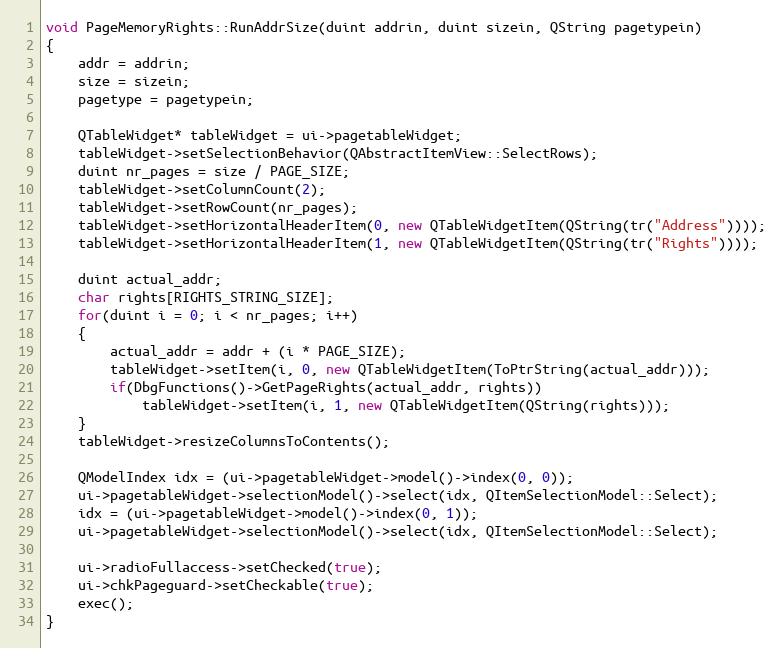
Language: C++
void PageMemoryRights::RunAddrSize(duint addrin, duint sizein, QString pagetypein)
{
    addr = addrin;
    size = sizein;
    pagetype = pagetypein;

    QTableWidget* tableWidget = ui->pagetableWidget;
    tableWidget->setSelectionBehavior(QAbstractItemView::SelectRows);
    duint nr_pages = size / PAGE_SIZE;
    tableWidget->setColumnCount(2);
    tableWidget->setRowCount(nr_pages);
    tableWidget->setHorizontalHeaderItem(0, new QTableWidgetItem(QString(tr("Address"))));
    tableWidget->setHorizontalHeaderItem(1, new QTableWidgetItem(QString(tr("Rights"))));

    duint actual_addr;
    char rights[RIGHTS_STRING_SIZE];
    for(duint i = 0; i < nr_pages; i++)
    {
        actual_addr = addr + (i * PAGE_SIZE);
        tableWidget->setItem(i, 0, new QTableWidgetItem(ToPtrString(actual_addr)));
        if(DbgFunctions()->GetPageRights(actual_addr, rights))
            tableWidget->setItem(i, 1, new QTableWidgetItem(QString(rights)));
    }
    tableWidget->resizeColumnsToContents();

    QModelIndex idx = (ui->pagetableWidget->model()->index(0, 0));
    ui->pagetableWidget->selectionModel()->select(idx, QItemSelectionModel::Select);
    idx = (ui->pagetableWidget->model()->index(0, 1));
    ui->pagetableWidget->selectionModel()->select(idx, QItemSelectionModel::Select);

    ui->radioFullaccess->setChecked(true);
    ui->chkPageguard->setCheckable(true);
    exec();
}